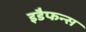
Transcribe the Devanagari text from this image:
इडैफन्स